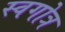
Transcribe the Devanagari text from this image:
स्वगोत्र